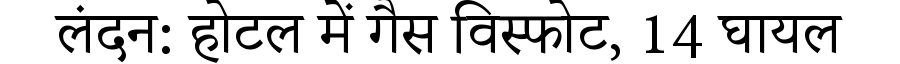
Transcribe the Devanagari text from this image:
लंदन: होटल में गैस विस्फोट, 14 घायल